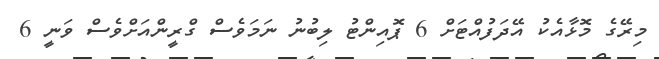
މިރޭގެ މޮޅާއެކު އޭދަފުއްޓަށް 6 ޕޮއިންޓު ލިބުނު ނަމަވެސް ގްރީންއަށްވެސް ވަނީ 6